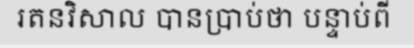
រតនវិសាល បានប្រាប់ថា បន្ទាប់ពី